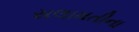
સલામતીના